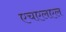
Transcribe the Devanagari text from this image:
एचएलएल